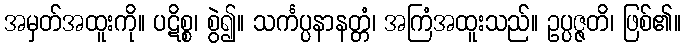
အမှတ်အထူးကို။ ပဋိစ္စ၊ စွဲ၍။ သင်္ကပ္ပနာနတ္တံ၊ အကြံအထူးသည်။ ဥပ္ပဇ္ဇတိ၊ ဖြစ်၏။